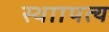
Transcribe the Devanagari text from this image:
स्थाापत्य